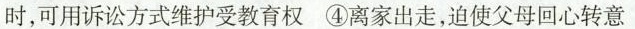
时，可用诉讼方式维护受教育权④离家出走，迫使父母回心转意